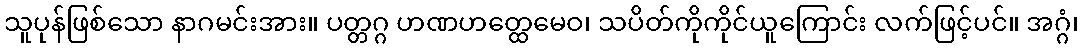
သူပုန်ဖြစ်သော နာဂမင်းအား။ ပတ္တဂ္ဂ ဟဏဟတ္ထေမေဝ၊ သပိတ်ကိုကိုင်ယူကြောင်း လက်ဖြင့်ပင်။ အဂ္ဂံ၊